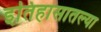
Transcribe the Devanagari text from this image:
इतिहासातल्या